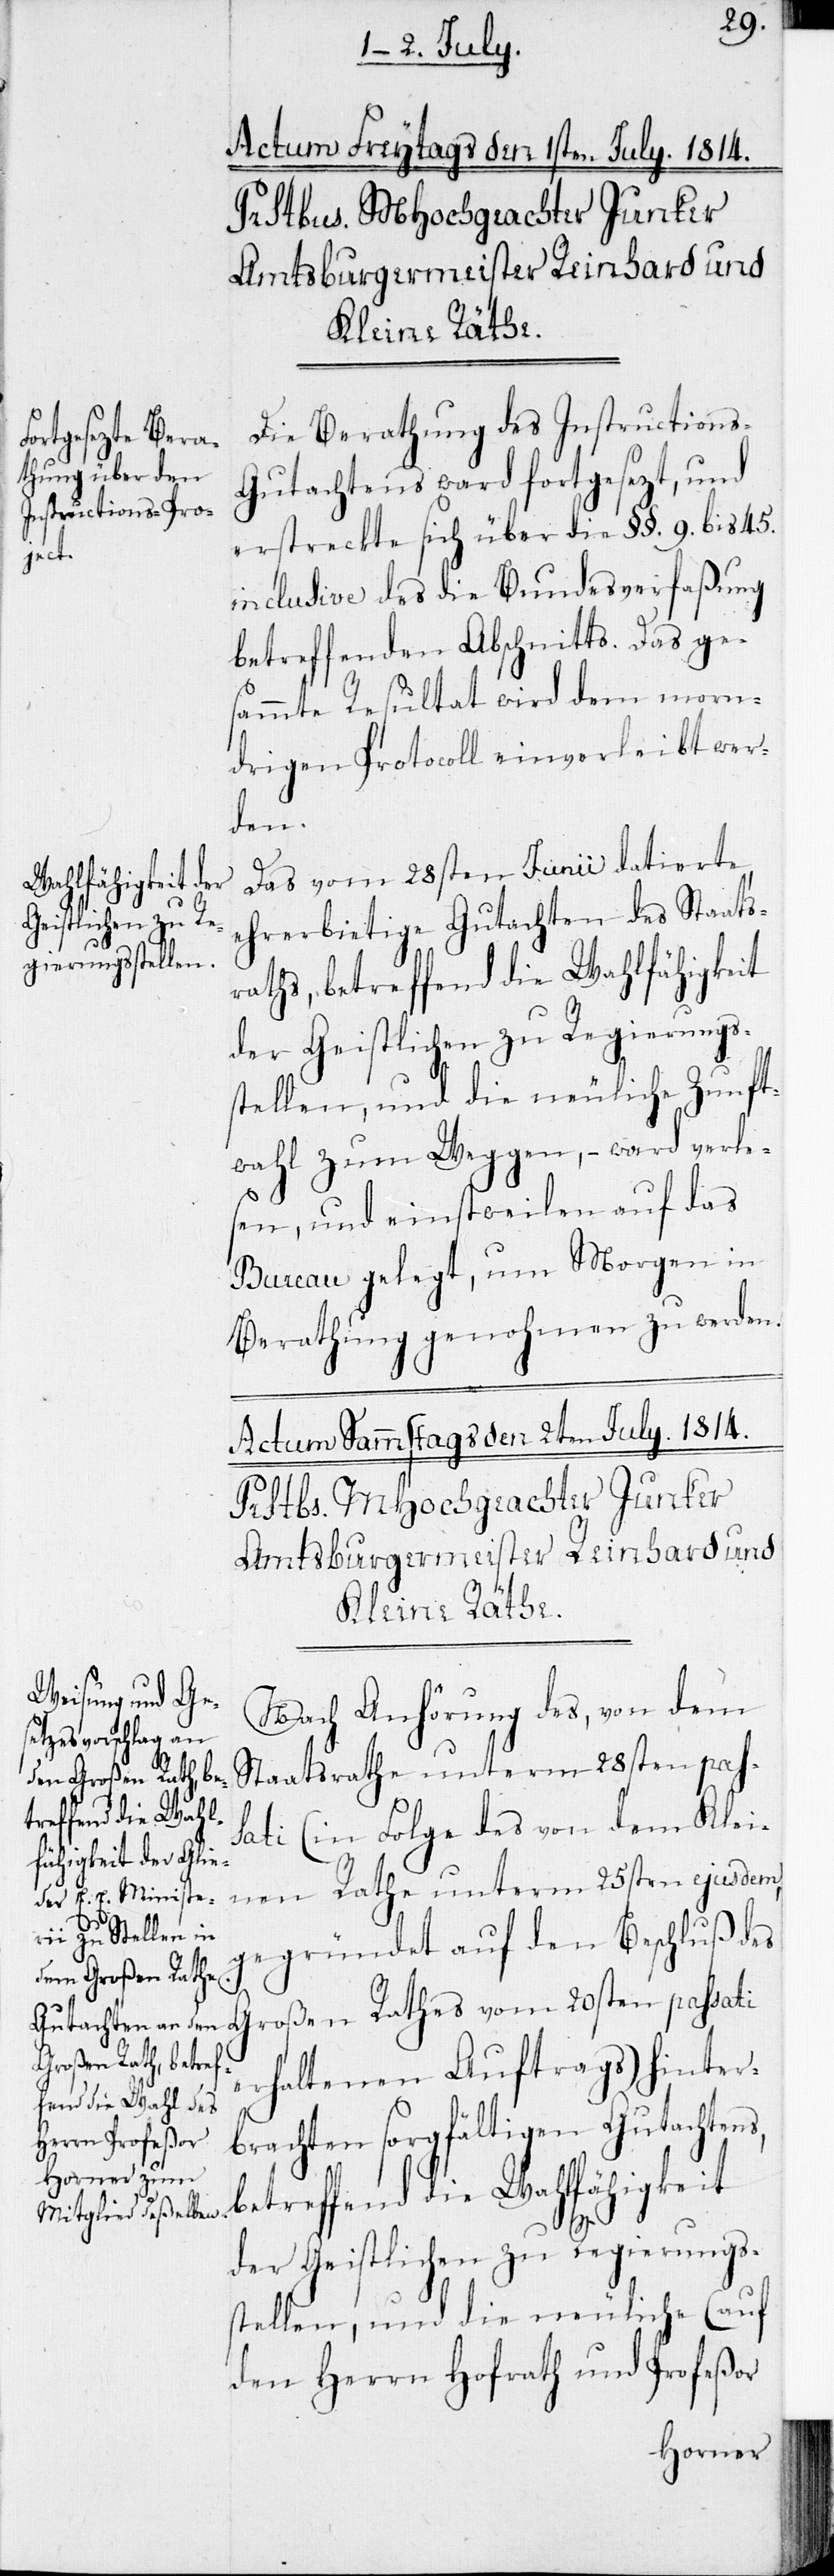
Die Berathung des Instructions-G¬
utachtens ward fortgesezt, und
erstreckte sich über die § § 9. bis 45.
inclusive des die Bundesverfaßung
betreffenden Abschnitts. Das ge¬
sammte Resultat wird dem morn¬
drigen Protocoll einverleibt wer¬
den.
Das vom 28sten Junii datierte
ehrerbietige Gutachten des Staats¬
raths, betreffend Wahlfähigkeit
der Geistlichen zu Regierungs¬
stellen, und die neuliche Zunft¬
wahl zum Weggen, – ward verle¬
sen und einstweilen auf das
Bureau gelegt, um Morgen in
Berathung genohmen zu werden.
Nach Anhörung des, von dem
Staatsrathe unterm 28sten pass¬
ati (in Folge des von dem Klei¬
nen Rathe unterm 25sten ejusdem,
gegründet auf den Beschluß des
Großen Rathes
erhaltenen Auftrags) hinter¬
brachten sorgfältigen Gutachtens,
betreffend die Wahlfähigkeit
der Geistlichen zu Regierungs¬
stellen, und die neuliche (auf
den Herrn Hofrath und Profeßor